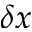
\delta x